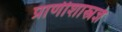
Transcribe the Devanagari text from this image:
प्राणीशास्त्रज्ञ